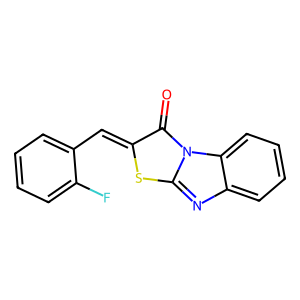
SMILES: O=c1c(=Cc2ccccc2F)sc2nc3ccccc3n12
Inhibits HIV replication: No